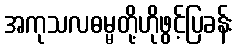
အကုသလဓမ္မတို့ဟိုဖွင့်ပြခန်း